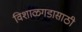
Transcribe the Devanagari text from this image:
विशाळगडासाठी